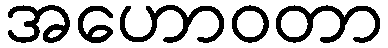
အဟောဝတာ